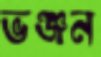
ভঞ্জন